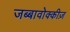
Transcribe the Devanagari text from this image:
जब्बावोक्कीज़